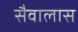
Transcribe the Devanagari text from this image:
सैवालास